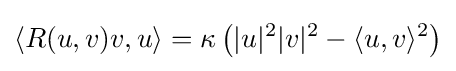
\langle R(u,v)v,u\rangle =\kappa \left(|u|^{2}|v|^{2}-\langle u,v\rangle ^{2}\right)